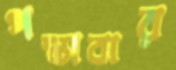
পস্তাবার